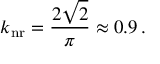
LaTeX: k _ { \mathrm { n r } } = \frac { 2 \sqrt { 2 } } { \pi } \approx 0 . 9 \, .